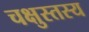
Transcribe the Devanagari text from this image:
चक्षुस्तस्य